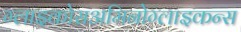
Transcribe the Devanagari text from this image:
ग्लाइकोसअमिनोग्लाइकन्स